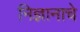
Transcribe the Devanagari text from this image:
निज्ञानाचे